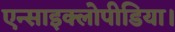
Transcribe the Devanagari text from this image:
एन्साइक्लोपीडिया।